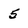
Character: 5